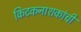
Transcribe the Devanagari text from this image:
किटकनाशकांची